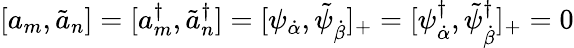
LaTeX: [a_{m},\tilde{a}_{n}]=[a_{m}^{\dagger},\tilde{a}_{n}^{\dagger}]=[\psi_{\dot{\alpha}},\tilde{\psi}_{\dot{\beta}}]_{+}=[\psi_{\dot{\alpha}}^{\dagger},\tilde{\psi}_{\dot{\beta}}^{\dagger}]_{+}=0